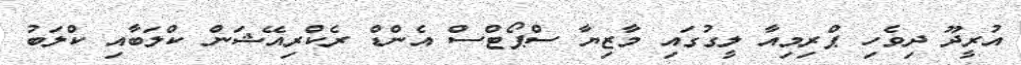
އުރީދޫ ދިވެހި ޕްރިމިއާ ލީގުގައި މާޒިޔާ ސްޕޯޓްސް އެންޑް ރެކްރިއޭޝަން ކްލަބާއި ކްލަބު